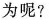
为呢?